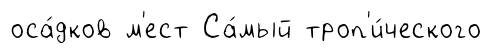
оса́дков м'ест Са́мый троп'и́ческого